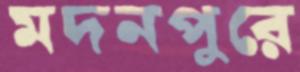
মদনপুরে